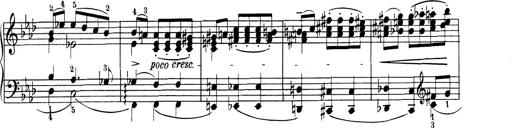
Title: Variationen Ã¼ber das Motiv von Bach
Composer: Franz Liszt